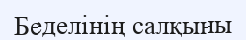
Беделінің салқыны